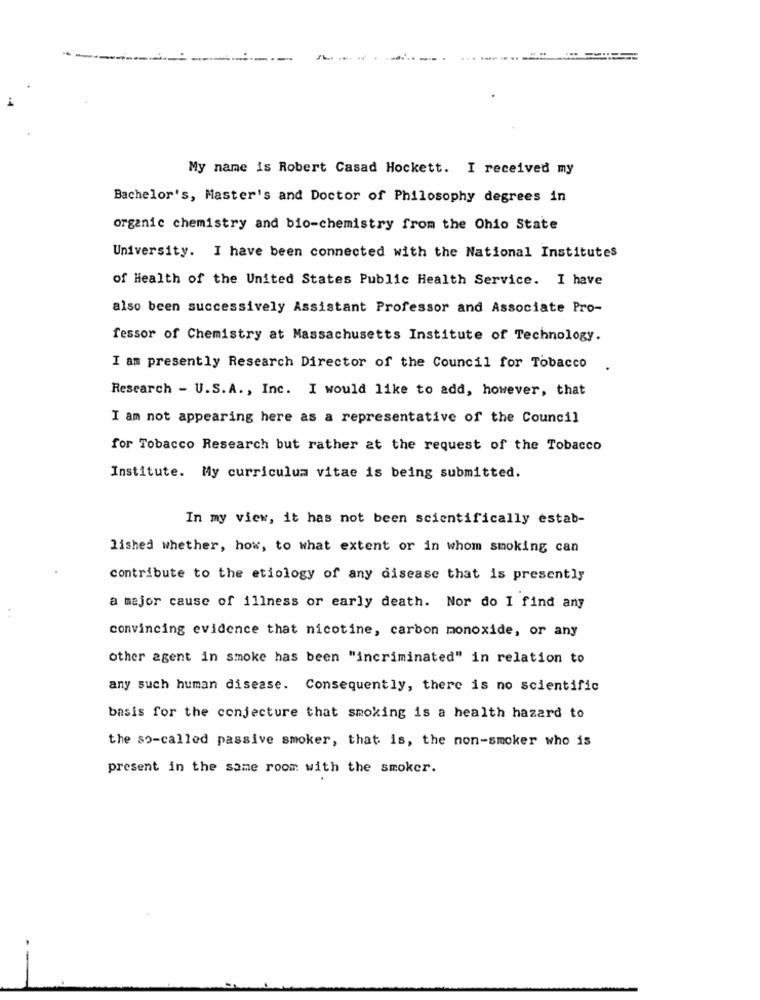
My name is Robert Casad Hockett. I received my
Bachelor's, Master's and Doctor of Philosophy degrees in
organic chemistry and bio-chemistry from the Ohio State
University. I have been connected with the National Institutes
of Health of the United States Public Health Service. I have
also been successively Assistant Professor and Associate Pro-
fessor of Chemistry at Massachusetts Institute of Technology.
I am presently Research Director of the Council for Tobacco
Research - U.S.A ., Inc. I would like to add, however, that
I am not appearing here as a representative of the Council
for Tobacco Research but rather at the request of the Tobacco
Institute. My curriculum vitae is being submitted.
In my view, it has not been scientifically estab-
lished whether, how, to what extent or in whom smoking can
contribute to the etiology of any disease that is presently
a major cause of illness or early death. Nor do I find any
convincing evidence that nicotine, carbon monoxide, or any
other agent in smoke has been "incriminated" in relation to
any such human disease. Consequently, there is no scientific
basis for the conjecture that smoking is a health hazard to
the so-called passive smoker, that is, the non-smoker who is
present in the same room with the smoker.